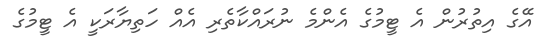
އޭގެ އިތުރުން އެ ޓީމުގެ އެންމެ ނުރައްކާތެރި އެއް ހަތިޔާރަކީ އެ ޓީމުގެ